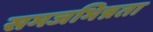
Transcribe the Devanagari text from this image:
समजभिन्नता